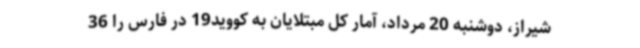
شیراز، دوشنبه 20 مرداد، آمار کل مبتلایان به کووید19 در فارس را 36